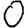
Digit: 0